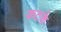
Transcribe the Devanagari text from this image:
कटके